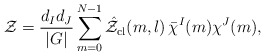
\begin{align*}{\cal Z} = \frac{d_Id_J}{|G|}\sum_{m=0}^{N-1}\hat{\cal Z}_{\mathrm{cl}}(m,l)\thinspace\bar{\chi}^I(m)\chi^J(m),\end{align*}